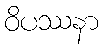
ဝိပဿနာ